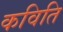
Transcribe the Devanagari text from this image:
कविति